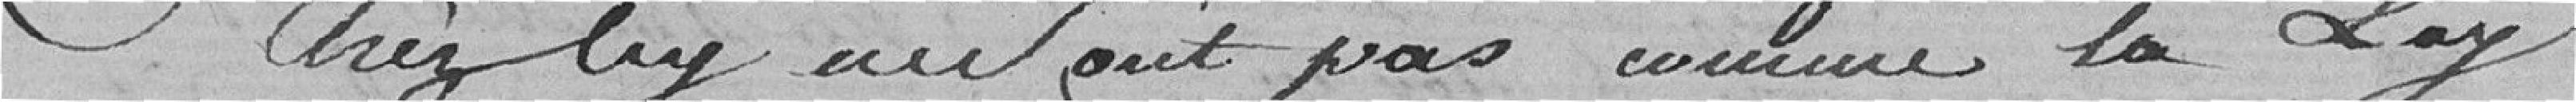
chez lui avont pas comme la loi